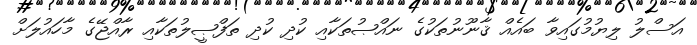
އަސްލު ލިޔުމުގައިވާ ބައެއް ޤާނޫނުތަކުގެ ނައްޞުތަކާއި ކުދި ކުދި ތަފްޞީލުތަކާއި ރާއްޖޭގެ މާހައުލަށް